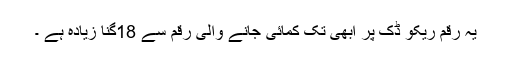
یہ رقم ریکو ڈک پر ابھی تک کمائی جانے والی رقم سے 18گنا زیادہ ہے ۔